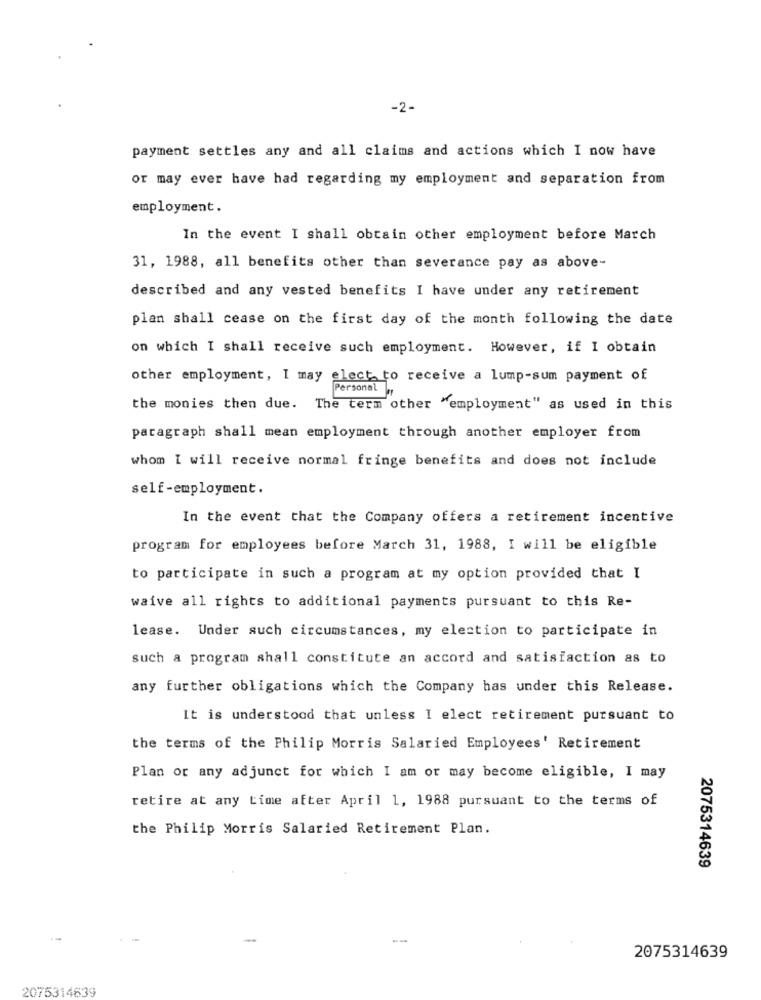
-2-
payment settles any and all claims and actions which I now have
or may ever have had regarding my employment and separation from
employment.
In the event I shall obtain other employment before March
31, 1988, all benefits other than severance pay as above-
described and any vested benefits I have under any retirement
plan shall cease on the first day of the month following the date
on which I shall receive such employment. However, if I obtain
other employment, I may elect to receive a lump-sum payment of
Personal
the monies then due. The term other "employment" as used in this
paragraph shall mean employment through another employer from
whom I will receive normal fringe benefits and does not include
self-employment.
In the event that the Company offers a retirement incentive
program for employees before March 31, 1988, I will be eligible
to participate in such a program at my option provided that I
waive all rights to additional payments pursuant to this Re-
lease. Under such circumstances, my election to participate in
such a program shall constitute an accord and satisfaction as to
any further obligations which the Company has under this Release.
It is understood that unless I elect retirement pursuant to
the terms of the Philip Morris Salaried Employees' Retirement
Plan or any adjunct for which I am or may become eligible, I may
retire at any time after April 1, 1988 pursuant to the terms of
the Philip Morris Salaried Retirement Plan.
2075314639
-
--
2075314639
2075314639